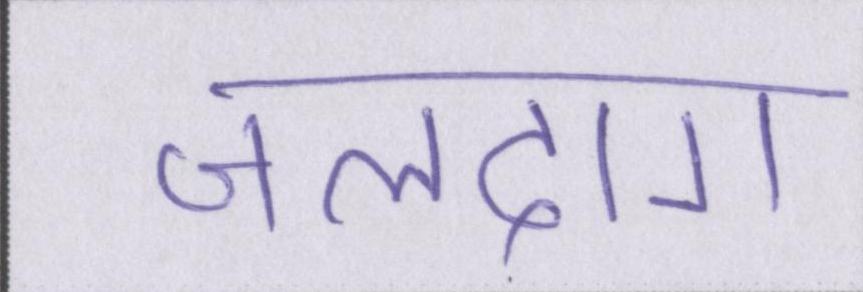
जलदाग